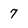
Character: 7